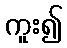
ကူး၍